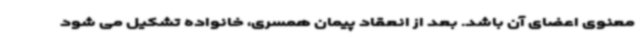
معنوی اعضای آن باشد. بعد از انعقاد پیمان همسری، خانواده تشکیل می شود